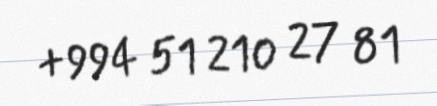
+994 51 210 27 81